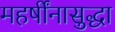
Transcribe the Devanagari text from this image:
महर्षींनासुद्धा